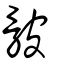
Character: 骳